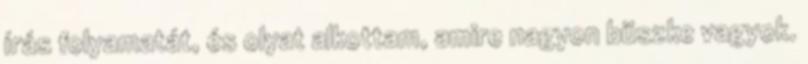
írás folyamatát, és olyat alkottam, amire nagyon büszke vagyok.